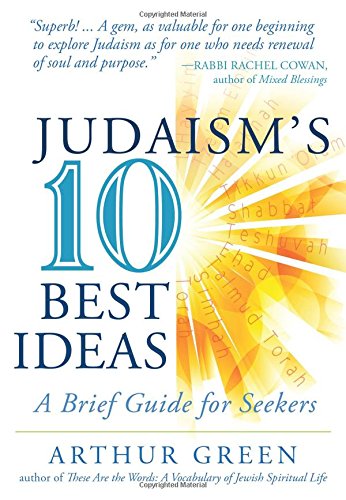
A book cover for Judaism's Ten Best Ideas: A Brief Guide for Seekers; Dr. Arthur Green; Religion & Spirituality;